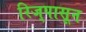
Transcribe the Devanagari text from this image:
रिज्‌पासून